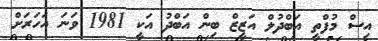
އިސް މުފްތީ އަބްދުލް އަޒީޒް ބިން އަބްދު އަކީ 1981 ވަނަ އަހަރަށް